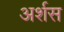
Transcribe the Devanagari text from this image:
अर्शस